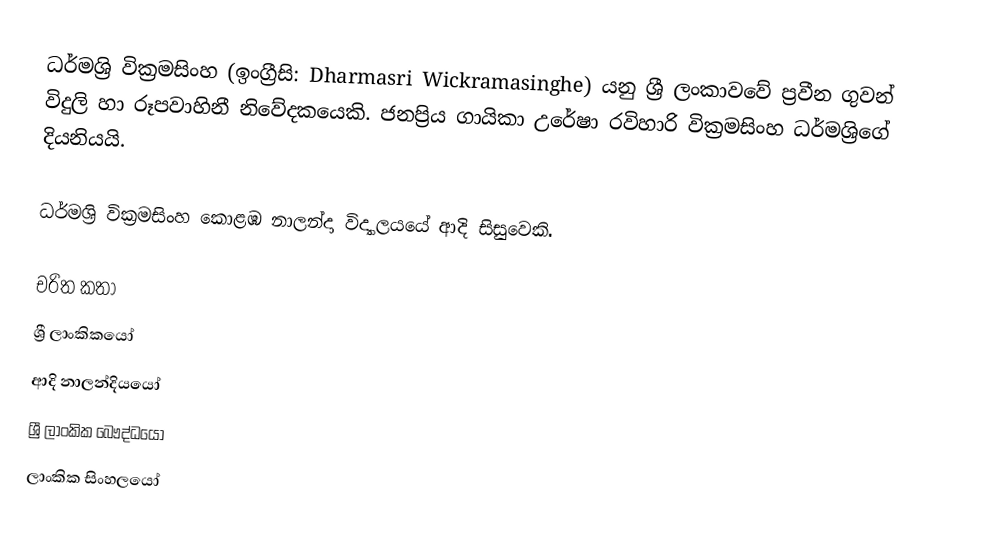
ධර්මශ්‍රි වික්‍රමසිංහ (ඉංග්‍රීසි: Dharmasri Wickramasinghe) යනු   ශ්‍රී ලංකාවවේ ප්‍රවීන ගුවන් විදුලි හා රූපවාහිනී නිවේදකයෙකි. ජනප්‍රිය ගායිකා  උරේෂා රවිහාරි වික්‍රමසිංහ ධර්මශ්‍රිගේ දියනියයි.

ධර්මශ්‍රි වික්‍රමසිංහ  කොළඹ නාලන්දා විද්‍යාලයයේ ආදි සිසුවෙකි.

චරිත කතා
ශ්‍රී ලාංකිකයෝ
ආදි නාලන්දියයෝ
ශ්‍රී ලාංකික බෞද්ධයෝ
ලාංකික සිංහලයෝ